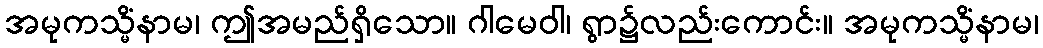
အမုကသ္မိံနာမ၊ ဤအမည်ရှိသော။ ဂါမေဝါ၊ ရွာ၌လည်းကောင်း။ အမုကသ္မိံနာမ၊